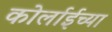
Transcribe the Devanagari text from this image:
कोर्लाईच्या